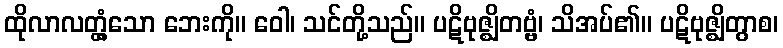
ထိုလာလတ္တံ့သော ဘေးကို။ ဝေါ၊ သင်တို့သည်။ ပဋိဗုဇ္ဈိတဗ္ဗံ၊ သိအပ်၏။ ပဋိဗုဇ္ဈိတွာစ၊